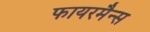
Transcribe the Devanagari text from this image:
फायरमैन्स